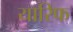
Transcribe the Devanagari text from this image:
यारिफ